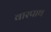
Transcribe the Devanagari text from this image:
वारपाथ